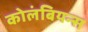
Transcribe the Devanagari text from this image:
कोलंबियन्स